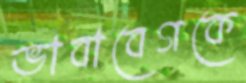
ভাবাবেগকে